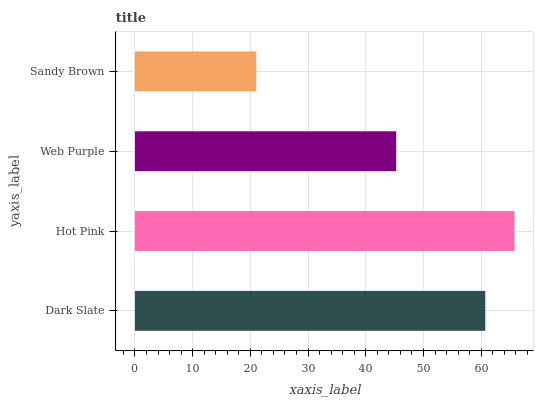
| yaxis_label | bars |
 | --- | --- |
 | Dark Slate | 60.7 |
 | Hot Pink | 65.8 |
 | Web Purple | 45.3 |
 | Sandy Brown | 21 |